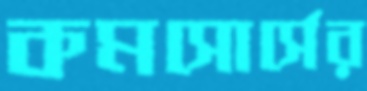
কমসোর্সের